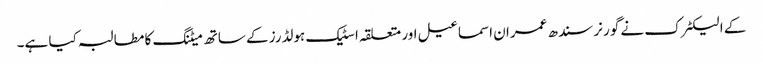
کے الیکٹرک نے گورنر سندھ عمران اسماعیل اور متعلقہ اسٹیک ہولڈرز کے ساتھ میٹنگ کا مطالبہ کیا ہے۔